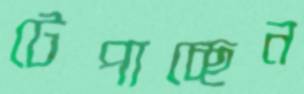
টেপাচ্ছেন